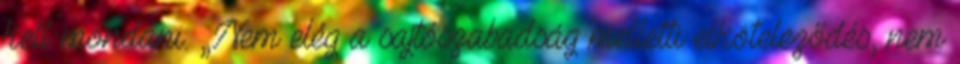
kell mondani. „Nem elég a sajtószabadság melletti elköteleződés, nem